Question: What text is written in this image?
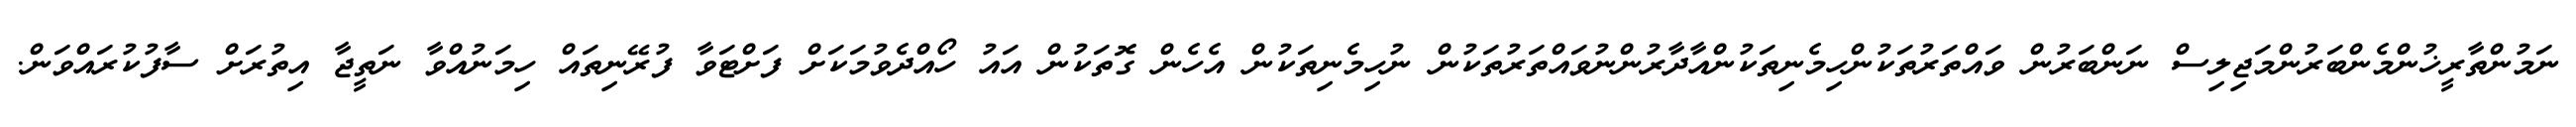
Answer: ނަމުންތާރީޚުންމެންބަރުންމަޖިލިސް ނަންބަރުން ވައްތަރުތަކުންހިމެނިތަކުންއާދާރުންނުވައްތަރުތަކުން ނުހިމެނިތަކުން އެހެން ގޮތަކުން އައު ހޯއްދެވުމަކަށް ފަށްޓަވާ ފުރޭނިތައް ހިމަނުއްވާ ނަތީޖާ އިތުރަށް ސާފުކުރައްވަން.